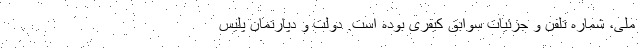
ملی، شماره تلفن و جزئیات سوابق کیفری بوده است. دولت و دپارتمان پلیس